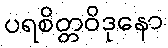
ပရစိတ္တဝိဒုနော